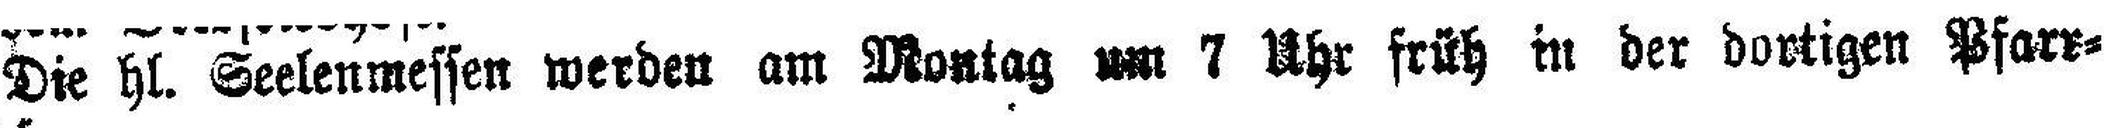
Die hl. Seelenmessen werden am Montag um 7 Uhr früh in der dortigen Pfarrkirche gelesen.